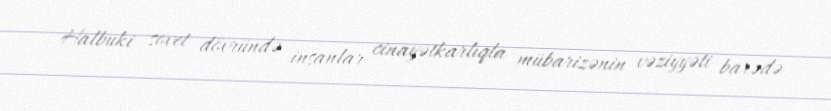
Halbuki sovet dövründə insanlar cinayətkarlıqla mübarizənin vəziyyəti barədə